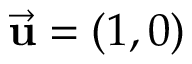
\vec { \bf u } = ( 1 , 0 )